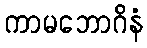
ကာမဘောဂိနံ